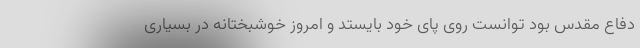
دفاع مقدس بود توانست روی پای خود بایستد و امروز خوشبختانه در بسیاری